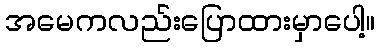
အမေကလည်းပြောထားမှာပေါ့။